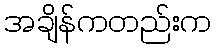
အချိန်ကတည်းက